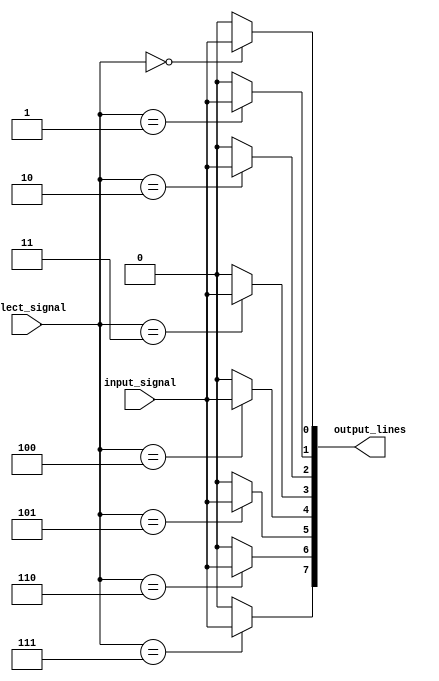
module demux_1to8 (
    input wire input_signal,
    input wire [2:0] select_signal,
    output reg [7:0] output_lines
);

always @(*) begin
    output_lines[0] = (select_signal == 3'b000) ? input_signal : 1'b0;
    output_lines[1] = (select_signal == 3'b001) ? input_signal : 1'b0;
    output_lines[2] = (select_signal == 3'b010) ? input_signal : 1'b0;
    output_lines[3] = (select_signal == 3'b011) ? input_signal : 1'b0;
    output_lines[4] = (select_signal == 3'b100) ? input_signal : 1'b0;
    output_lines[5] = (select_signal == 3'b101) ? input_signal : 1'b0;
    output_lines[6] = (select_signal == 3'b110) ? input_signal : 1'b0;
    output_lines[7] = (select_signal == 3'b111) ? input_signal : 1'b0;
end

endmodule